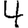
Digit: 4